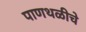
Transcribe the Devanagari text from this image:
पाणथळीचे